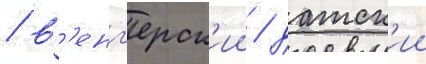
/ в'енг'ерск'ии / датск'ии